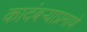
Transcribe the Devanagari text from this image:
कादंबऱ्याप्रमाणे